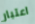
اعتبار